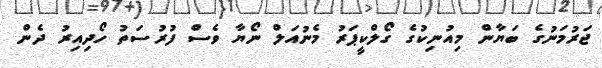
ޖަރުމަނުގެ ބަޔާން މިއުނިކުގެ ގޯލްކީޕަރު މެނުއަލް ނޯޔާ ވެސް ފުރުސަތު ހޯދިއިރު ދެން